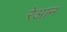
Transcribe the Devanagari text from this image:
रेआन